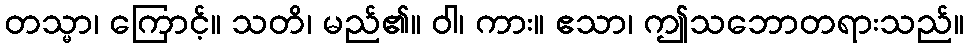
တသ္မာ၊ ကြောင့်။ သတိ၊ မည်၏။ ဝါ၊ ကား။ ဧသာ၊ ဤသဘောတရားသည်။